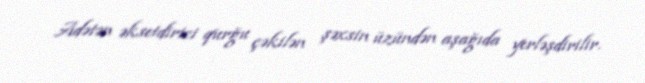
Adətən əksetdirici qurğu çəkilən şəxsin üzündən aşağıda yerləşdirilir.